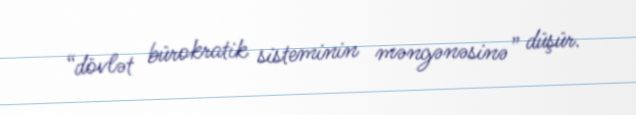
“dövlət bürokratik sisteminin məngənəsinə” düşür.